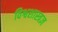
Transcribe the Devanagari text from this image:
विश्वशास्त्रज्ञ